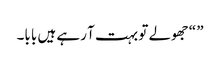
” “جھولے تو بہت آ رہے ہیں بابا۔